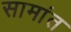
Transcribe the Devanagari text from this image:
सामांत